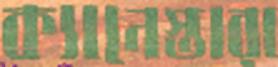
ক্যানেস্তারা